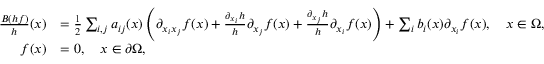
\begin{array} { r l } { \frac { { \cal B } ( h f ) } { h } ( x ) } & { = \frac { 1 } { 2 } \sum _ { i , j } a _ { i j } ( x ) \left( \partial _ { x _ { i } x _ { j } } f ( x ) + \frac { \partial _ { x _ { i } } h } { h } \partial _ { x _ { j } } f ( x ) + \frac { \partial _ { x _ { j } } h } { h } \partial _ { x _ { i } } f ( x ) \right) + \sum _ { i } b _ { i } ( x ) \partial _ { x _ { i } } f ( x ) , \quad x \in \Omega , } \\ { f ( x ) } & { = 0 , \quad x \in \partial \Omega , } \end{array}